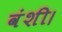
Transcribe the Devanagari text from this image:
वंशी।